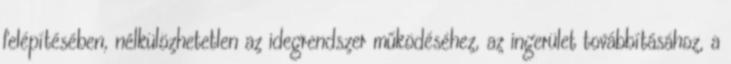
felépítésében, nélkülözhetetlen az idegrendszer működéséhez, az ingerület továbbításához, a